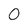
Character: 0